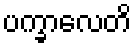
ပက္ခာလေတိ